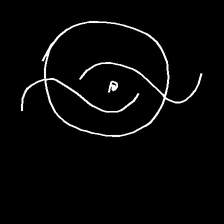
Glyph: repetition